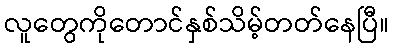
လူတွေကိုတောင်နှစ်သိမ့်တတ်နေပြီ။